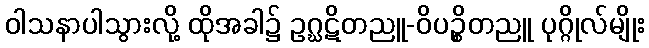
ဝါသနာပါသွားလို့ ထိုအခါ၌ ဥဂ္ဃဋိတညူ-ဝိပဉ္စိတညူ ပုဂ္ဂိုလ်မျိုး